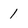
Character: 1